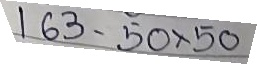
163 - 50 x 50